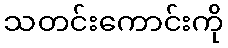
သတင်းကောင်းကို